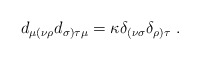
\begin{align*}d_{\mu (\nu \rho }d_{\sigma )\tau \mu }=\kappa \delta _{(\nu\sigma }\delta _{\rho )\tau }\ .\end{align*}